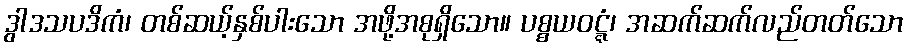
ဒွါဒသပဒိကံ၊ တစ်ဆယ့်နှစ်ပါးသော အဖို့အစုရှိသော။ ပစ္စယဝဋ္ဋံ၊ အဆက်ဆက်လည်တတ်သော